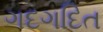
ગદગદિત